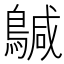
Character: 𮭄